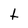
Character: t